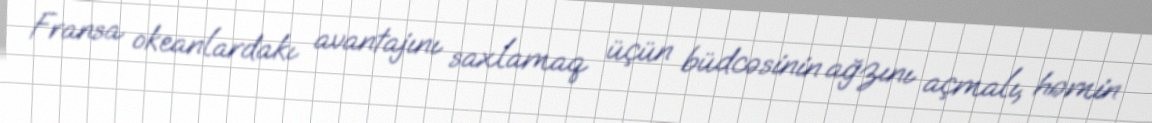
Fransa okeanlardakı avantajını saxlamaq üçün büdcəsinin ağzını açmalı, həmin